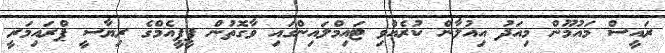
ރައީސް މައުމޫން މިއަދު އިއުލާން ކުރެއްވި ޓައިމްލައިންގައި ވާގޮތުން ޕީޕީއެމްގެ ރިޔާސީ ޕްރައިމަރީ